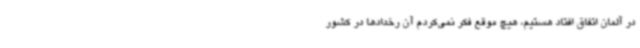
در آلمان اتفاق افتاد هستیم، هیچ موقع فکر نمی‌کردم آن رخدادها در کشور